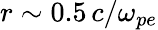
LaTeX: r\sim 0.5\, c/\omega_{pe}